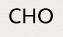
CHO